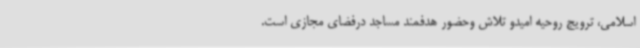
اسلامی، ترویج روحیه امیدو تلاش وحضور هدفمند مساجد درفضای مجازی است.